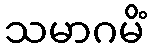
သမာဂမိံ